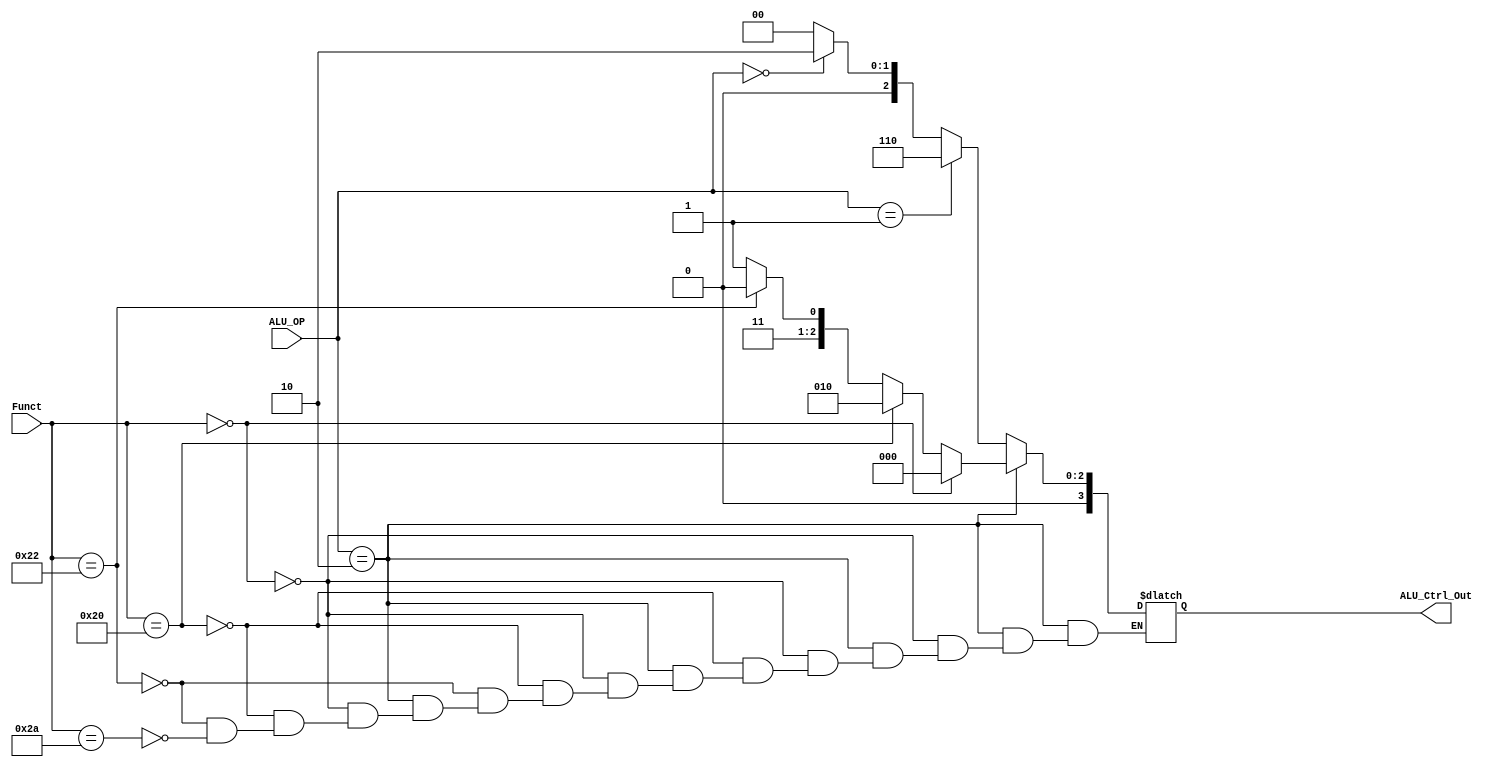
`timescale 1ns / 1ps

module ALU_ctrl(Funct, ALU_OP, ALU_Ctrl_Out);

    input [5:0] Funct;
    input [1:0] ALU_OP;
    output reg [3:0] ALU_Ctrl_Out;
	
	////  ALUOP  ////   ////  Function  ////
	//  R-type 10  //   //   add 100000   //
	//  beq    01  //   //   sub 100010   //
	//  else   00  //   //   slt 101010   //
	/////////////////   ////////////////////
	
	///  ALUOP  Function  ALU_Ctrl  ///
	//    10     000000     0000     //
	//    10     100000     0010     //
	//    10     100010     0110     //
	//    10     101010     0111     //
	//    01     XXXXXX     0110     //
	//    00     XXXXXX     0010     //
	///////////////////////////////////
	
	//assign ALU_Ctrl_Out[3] = ;
	//assign ALU_Ctrl_Out[2] = ;
	//assign ALU_Ctrl_Out[1] = ;
	//assign ALU_Ctrl_Out[0] = ;
	
    
    always@(*)begin
        if(ALU_OP == 2'b10)begin
            if(Funct == 6'b0)begin
                ALU_Ctrl_Out = 4'b0;
            end
            else if(Funct == 6'b100000)begin
                ALU_Ctrl_Out = 4'b0010;
            end
            else if(Funct == 6'b100010) begin
                ALU_Ctrl_Out = 4'b0110;
            end
            else if(Funct == 6'b101010)begin
                ALU_Ctrl_Out = 4'b0111;
            end
        end
        else if(ALU_OP == 2'b01)begin
            ALU_Ctrl_Out = 4'b0110;
        end
        else if(ALU_OP == 2'b00)begin
            ALU_Ctrl_Out = 4'b0010;
        end
        else begin
            ALU_Ctrl_Out = 4'b0;
        end
    end
    
    
    
    
endmodule